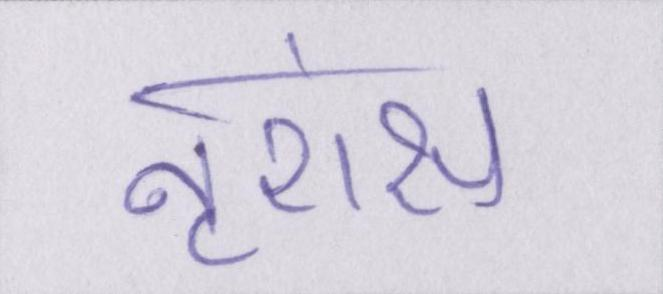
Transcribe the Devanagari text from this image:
नृशंस